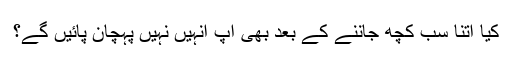
کیا اتنا سب کچھ جاننے کے بعد بھی آپ انہیں نہیں پہچان پائیں گے؟